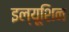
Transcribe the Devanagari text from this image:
इल्यूशिन